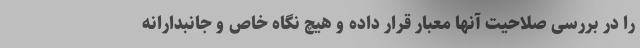
را در بررسی صلاحیت آنها معبار قرار داده و هیچ نگاه خاص و جانبدارانه